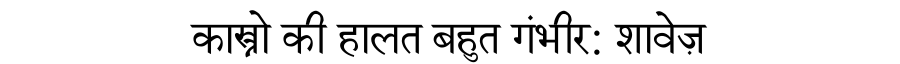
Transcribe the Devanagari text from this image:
कास्त्रो की हालत बहुत गंभीर: शावेज़